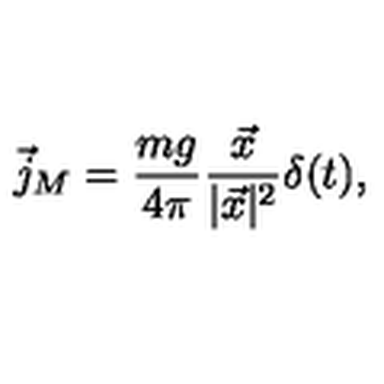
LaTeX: \vec { j } _ { M } = \frac { m g } { 4 \pi } \frac { \vec { x } } { | \vec { x } | ^ { 2 } } \delta ( t ) ,